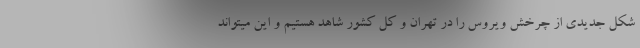
شکل جدیدی از چرخش ویروس را در تهران و کل کشور شاهد هستیم و این میتواند